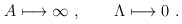
\begin{align*}A\longmapsto \infty\ , \qquad \Lambda\longmapsto 0 \ .\end{align*}